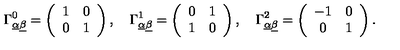
\Gamma _ { \underline { \alpha } \underline { \beta } } ^ { 0 } = \left( \begin{array} { c c } { 1 } & { 0 } \\ { 0 } & { 1 } \\ \end{array} \right) , \quad \Gamma _ { \underline { \alpha } \underline { \beta } } ^ { 1 } = \left( \begin{array} { c c } { 0 } & { 1 } \\ { 1 } & { 0 } \\ \end{array} \right) , \quad \Gamma _ { \underline { \alpha } \underline { \beta } } ^ { 2 } = \left( \begin{array} { c c } { - 1 } & { 0 } \\ { 0 } & { 1 } \\ \end{array} \right) .